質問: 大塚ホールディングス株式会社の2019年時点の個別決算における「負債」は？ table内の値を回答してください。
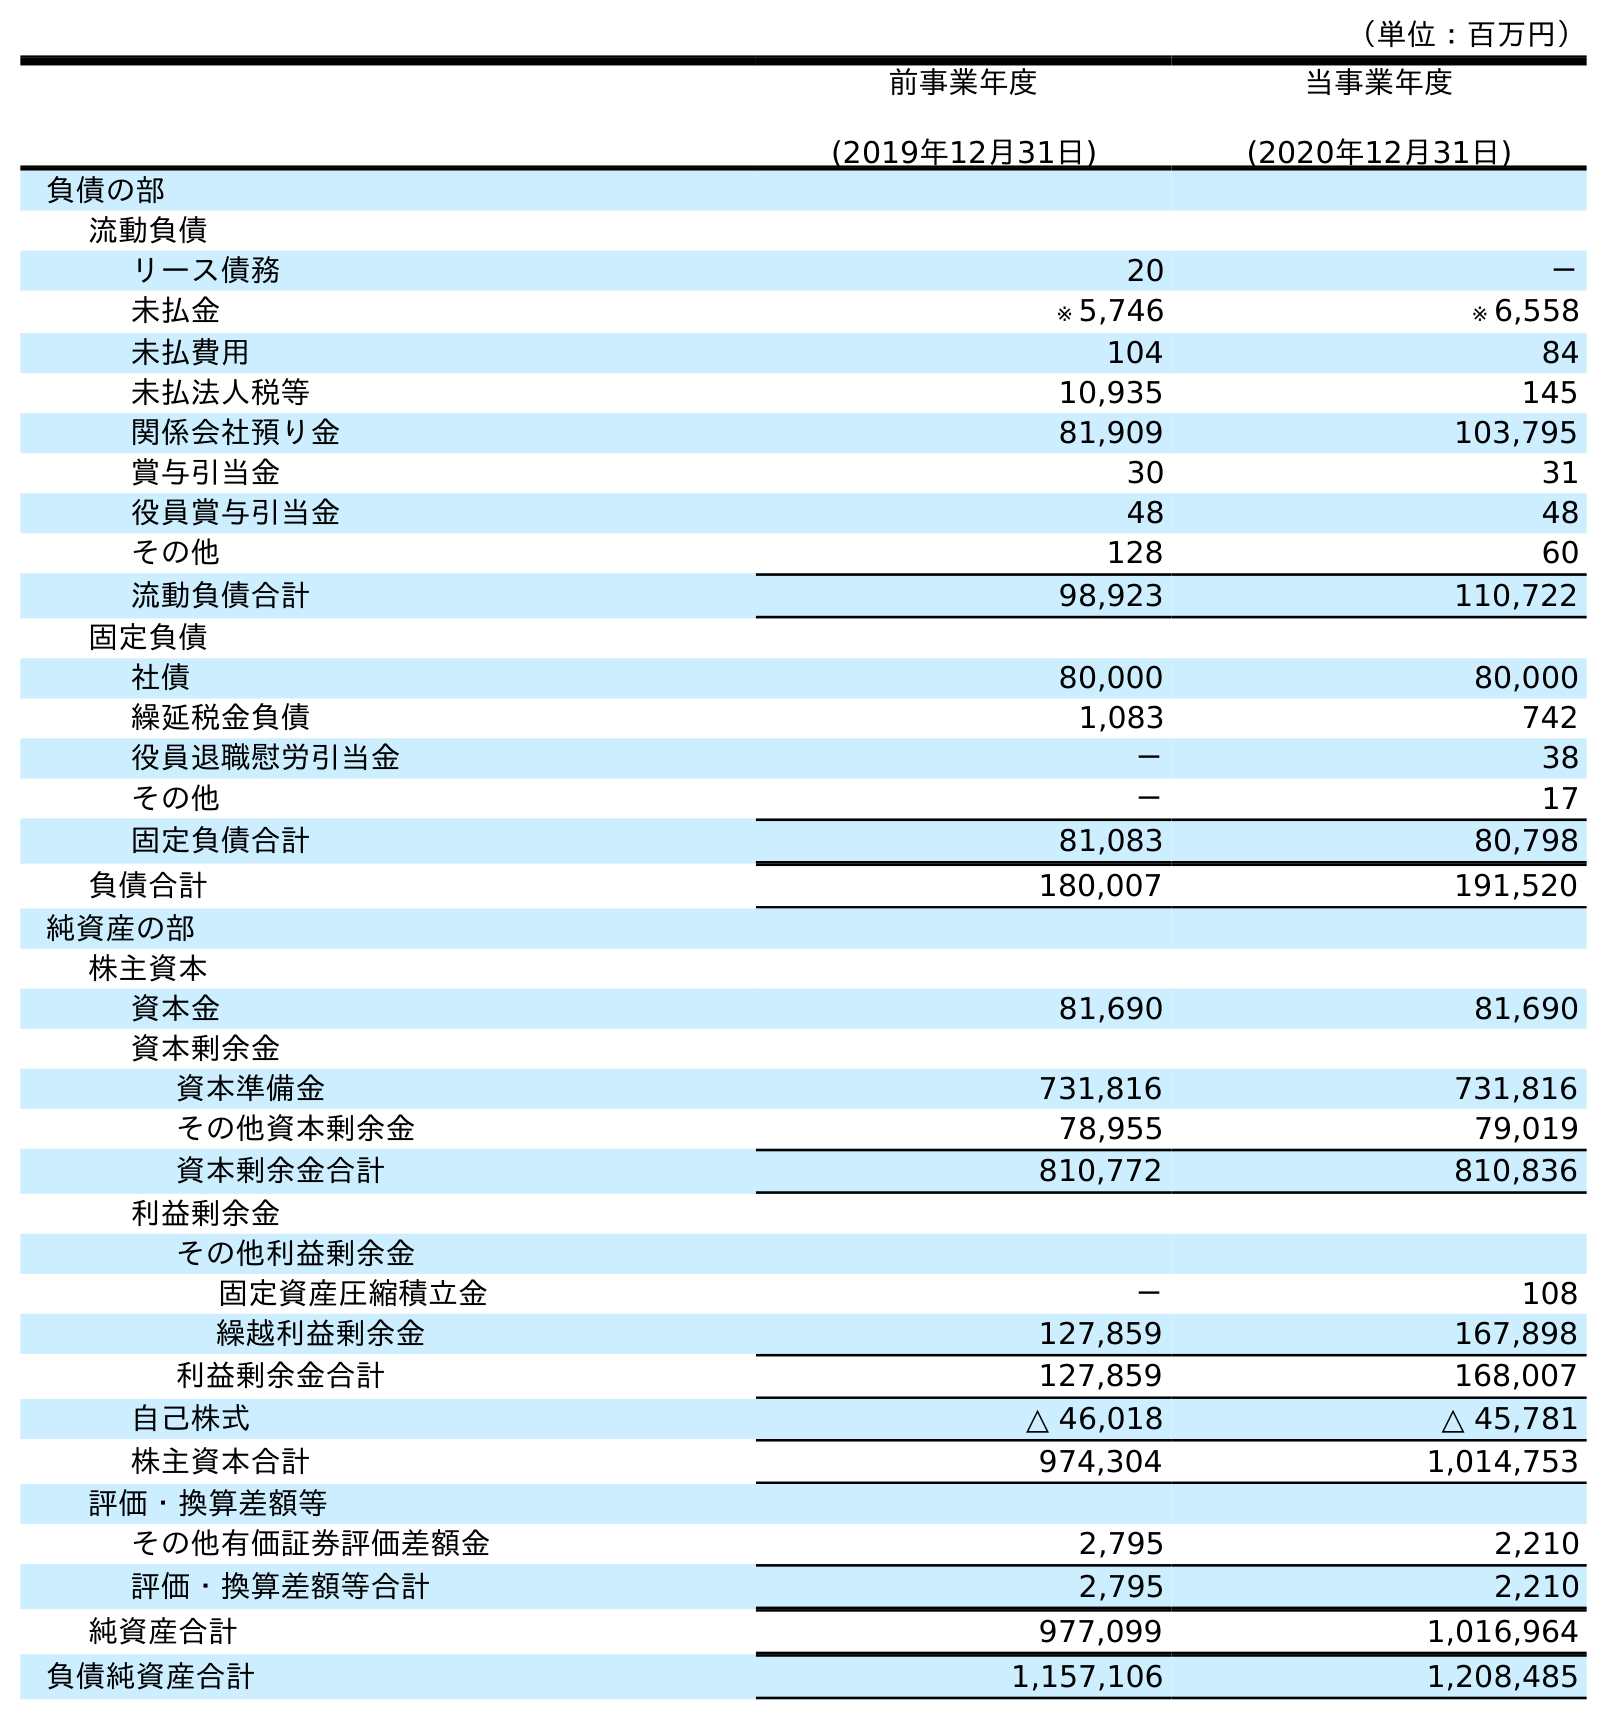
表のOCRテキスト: （単位：百万円） 前事業年度 (2019年12月31日) 当事業年度 (2020年12月31日) 負債の部 流動負債 リース債務 20 － 未払金 ※ 5,746 ※ 6,558 未払費用 104 84 未払法人税等 10,935 145 関係会社預り金 81,909 103,795 賞与引当金 30 31 役員賞与引当金 48 48 その他 128 60 流動負債合計 98,923 110,722 固定負債 社債 80,000 80,000 繰延税金負債 1,083 742 役員退職慰労引当金 － 38 その他 － 17 固定負債合計 81,083 80,798 負債合計 180,007 191,520 純資産の部 株主資本 資本金 81,690 81,690 資本剰余金 資本準備金 731,816 731,816 その他資本剰余金 78,955 79,019 資本剰余金合計 810,772 810,836 利益剰余金 その他利益剰余金 固定資産圧縮積立金 － 108 繰越利益剰余金 127,859 167,898 利益剰余金合計 127,859 168,007 自己株式 △ 46,018 △ 45,781 株主資本合計 974,304 1,014,753 評価・換算差額等 その他有価証券評価差額金 2,795 2,210 評価・換算差額等合計 2,795 2,210 純資産合計 977,099 1,016,964 負債純資産合計 1,157,106 1,208,485
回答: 180,007